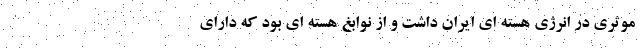
موثری در انرژی هسته ای ایران داشت و از نوابغ هسته ای بود که دارای